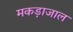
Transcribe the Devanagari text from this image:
मकड़ाजाल